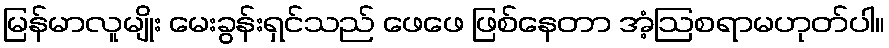
မြန်မာလူမျိုး မေးခွန်းရှင်သည် ဖေဖေ ဖြစ်နေတာ အံ့ဩစရာမဟုတ်ပါ။